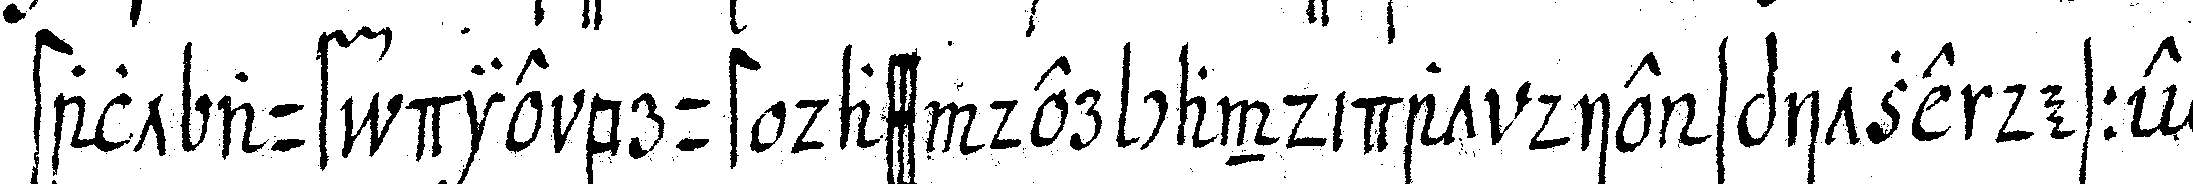
stalt auf die brust dass der candidat die spitze dessel